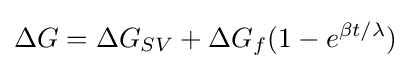
\Delta G=\Delta G_{SV}+\Delta G_{f}(1-e^{\beta t/\lambda })